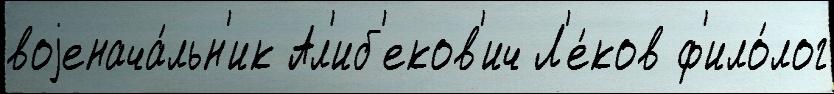
воjенача́льн'ик Ал'иб'еков'ич Л'е́ков ф'ило́лог